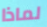
لماذا